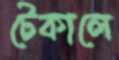
টেকালে